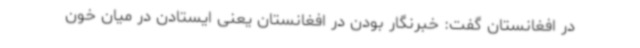
در افغانستان گفت: خبرنگار بودن در افغانستان یعنی ایستادن در میان خون